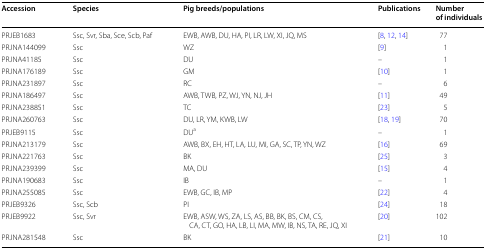
<table><thead><tr><td><b>Accession</b></td><td><b>Species</b></td><td><b>Pig breeds/populations</b></td><td><b>Publications</b></td><td><b>Number of individuals</b></td></tr></thead><tbody><tr><td>PRJEB1683</td><td>Ssc, Svr, Sba, Sce, Scb, Paf</td><td>EWB, AWB, DU, HA, PI, LR, LW, XI, JQ, MS</td><td>[8, 12, 14]</td><td>77</td></tr><tr><td>PRJNA144099</td><td>Ssc</td><td>WZ</td><td>[9]</td><td>1</td></tr><tr><td>PRJNA41185</td><td>Ssc</td><td>DU</td><td>–</td><td>1</td></tr><tr><td>PRJNA176189</td><td>Ssc</td><td>GM</td><td>[10]</td><td>1</td></tr><tr><td>PRJNA231897</td><td>Ssc</td><td>RC</td><td>–</td><td>6</td></tr><tr><td>PRJNA186497</td><td>Ssc</td><td>AWB, TWB, PZ, WJ, YN, NJ, JH</td><td>[11]</td><td>49</td></tr><tr><td>PRJNA238851</td><td>Ssc</td><td>TC</td><td>[23]</td><td>5</td></tr><tr><td>PRJNA260763</td><td>Ssc</td><td>DU, LR, YM, KWB, LW</td><td>[18, 19]</td><td>70</td></tr><tr><td>PRJEB9115</td><td>Ssc</td><td>DU<sup>a</sup></td><td>–</td><td>1</td></tr><tr><td>PRJNA213179</td><td>Ssc</td><td>AWB, BX, EH, HT, LA, LU, MI, GA, SC, TP, YN, WZ</td><td>[16]</td><td>69</td></tr><tr><td>PRJNA221763</td><td>Ssc</td><td>BK</td><td>[25]</td><td>3</td></tr><tr><td>PRJNA239399</td><td>Ssc</td><td>MA, DU</td><td>[15]</td><td>4</td></tr><tr><td>PRJNA190683</td><td>Ssc</td><td>IB</td><td>–</td><td>1</td></tr><tr><td>PRJNA255085</td><td>Ssc</td><td>EWB, GC, IB, MP</td><td>[22]</td><td>4</td></tr><tr><td>PRJEB9326</td><td>Ssc, Scb</td><td>PI</td><td>[24]</td><td>18</td></tr><tr><td>PRJEB9922</td><td>Ssc, Svr</td><td>EWB, ASW, WS, ZA, LS, AS, BB, BK, BS, CM, CS, CA, CT, GO, HA, LB, LI, MA, MW, IB, NS, TA, RE, JQ, XI</td><td>[20]</td><td>102</td></tr><tr><td>PRJNA281548</td><td>Ssc</td><td>BK</td><td>[21]</td><td>10</td></tr></tbody></table>